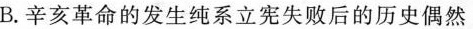
B.辛亥革命的发生纯系立宪失败后的历史偶然